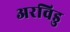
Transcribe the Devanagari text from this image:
अरविडु